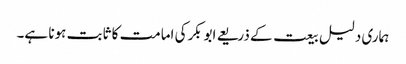
ہماری دلیل بیعت کے ذریعے ابوبکرکی امامت کا ثابت ہونا ہے۔